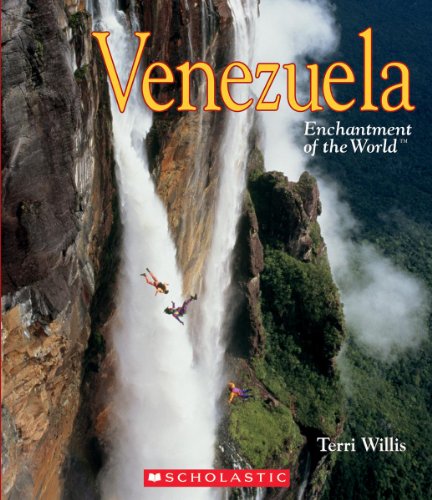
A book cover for Venezuela (Enchantment of the World. Second Series); Terri Willis; Children's Books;